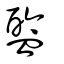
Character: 盦